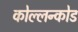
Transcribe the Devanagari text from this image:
कोल्लन्कोड